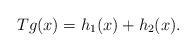
LaTeX: \begin{align*} Tg(x)= h_{1}(x)+h_{2}(x). \end{align*}